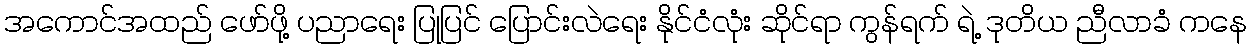
အကောင်အထည် ဖော်ဖို့ ပညာရေး ပြုပြင် ပြောင်းလဲရေး နိုင်ငံလုံး ဆိုင်ရာ ကွန်ရက် ရဲ့ ဒုတိယ ညီလာခံ ကနေ